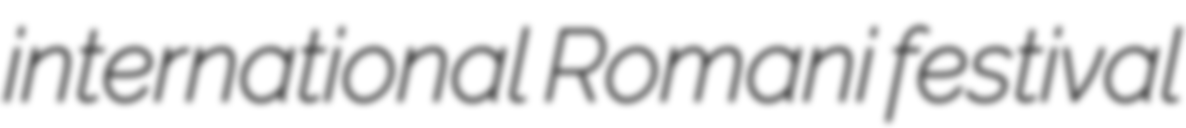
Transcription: international Romani festival